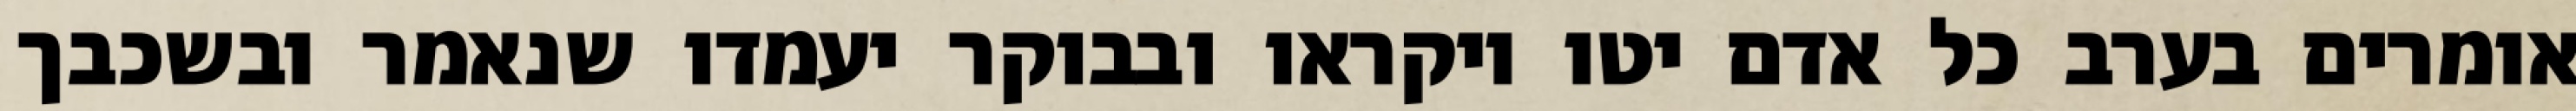
אומרים בערב כל אדם יטו ויקראו ובבוקר יעמדו שנאמר ובשכבך